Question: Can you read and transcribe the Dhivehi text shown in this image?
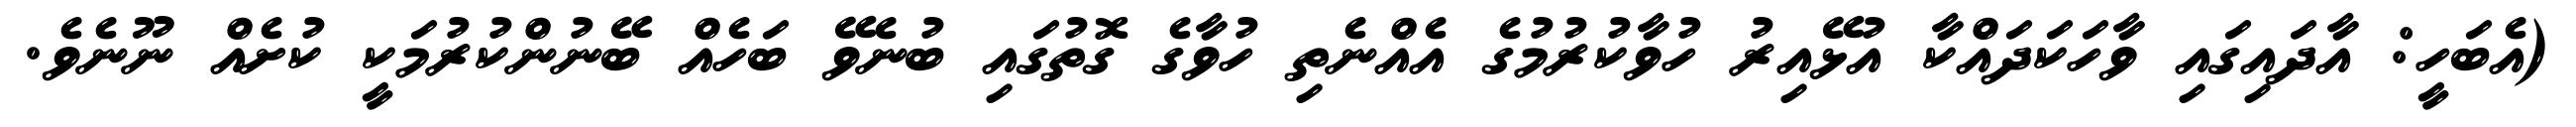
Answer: (އެބަހީ: އާދައިގައި ވާހަކަދައްކާ އުޅޭއިރު ހުވާކުރުމުގެ އެއްނެތި ހުވާގެ ގޮތުގައި ބުނެވޭ ބަހެއް ބޭނުންކުރުމަކީ ކުށެއް ނޫނެވެ.